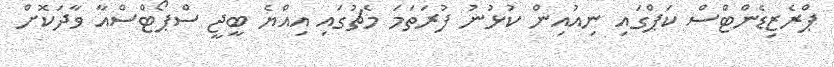
ޕްރެޒިޑެންޓްސް ކަޕްގައި ނިއުއިން ކުޅުނު ފުރަތަމަ މެޗުގައި އިއްޔެ ބީޖީ ސްޕޯޓްސްއާ ވާދަކޮށް